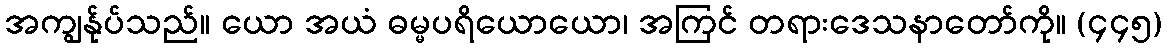
အကျွန်ုပ်သည်။ ယော အယံ ဓမ္မပရိယောယော၊ အကြင် တရားဒေသနာတော်ကို။ (၄၄၅)